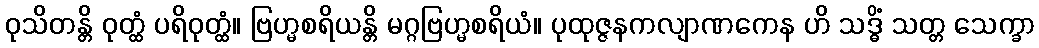
ဝုသိတန္တိ ဝုတ္ထံ ပရိဝုတ္ထံ။ ဗြဟ္မစရိယန္တိ မဂ္ဂဗြဟ္မစရိယံ။ ပုထုဇ္ဇနကလျာဏကေန ဟိ သဒ္ဓိံ သတ္တ သေက္ခာ